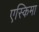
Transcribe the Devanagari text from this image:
एस्किमा